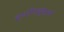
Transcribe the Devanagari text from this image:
इंस्टीट्यूशनों